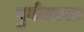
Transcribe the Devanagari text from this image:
दुर्गमग्रस्त